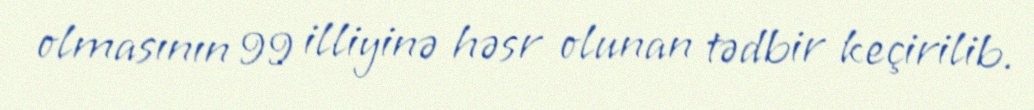
olmasının 99 illiyinə həsr olunan tədbir keçirilib.